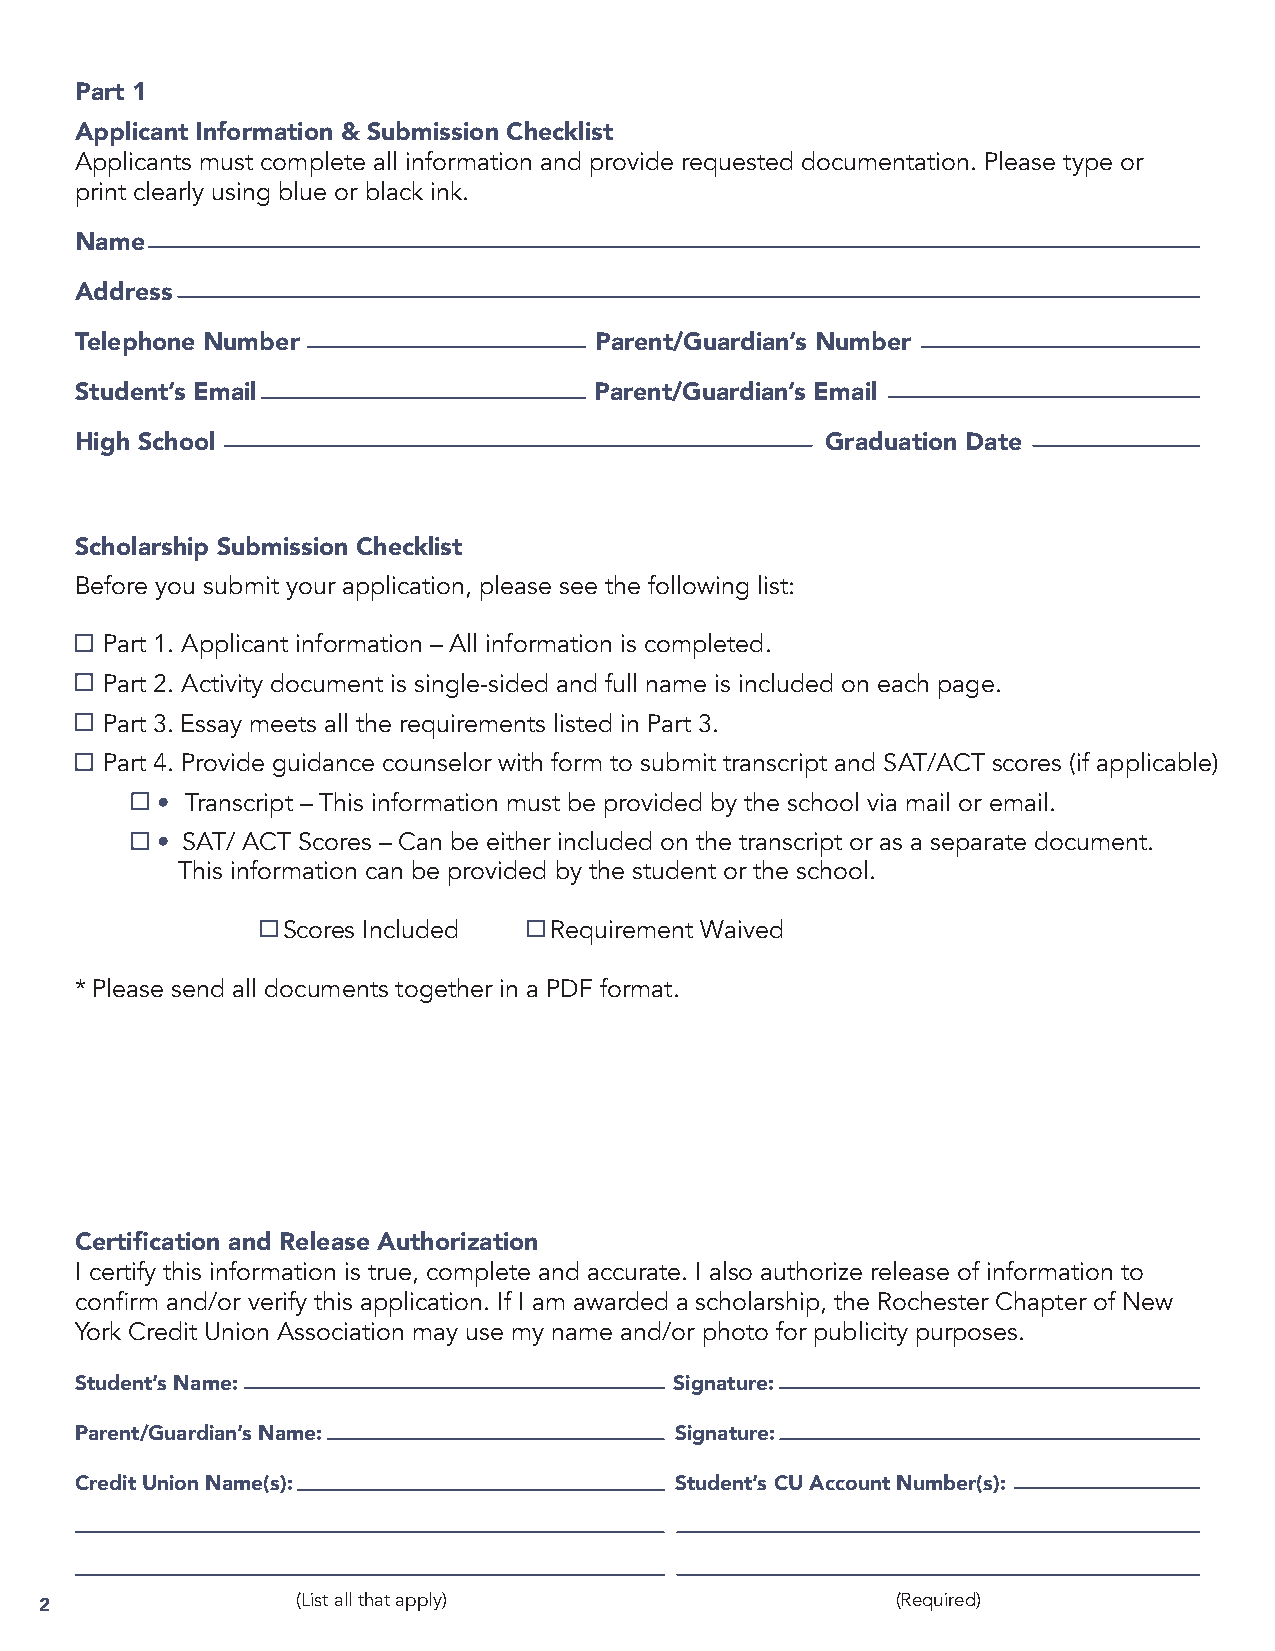
Part 1
 Applicant Information & Submission Checklist
 Applicants must complete all information and provide requested documentation. Please type or
 print clearly using blue or black ink.
 Name
 Address
 Telephone Number                  Parent/Guardian’s Number
 Student’s Email                   Parent/Guardian’s Email
 High School                                       Graduation Date
 Scholarship Submission Checklist
 Before you submit your application, please see the following list:
 Part 1. Applicant information – All information is completed.
 Part 2. Activity document is single-sided and full name is included on each page.
 Part 3. Essay meets all the requirements listed in Part 3.
 Part 4. Provide guidance counselor with form to submit transcript and SAT/ACT scores (if applicable)
 • Transcript – This information must be provided by the school via mail or email.
 • SAT/ ACT Scores – Can be either included on the transcript or as a separate document.
 This information can be provided by the student or the school.
 Scores Included  Requirement Waived
 * Please send all documents together in a PDF format.
 Certification and Release Authorization
 I certify this information is true, complete and accurate. I also authorize release of information to
 confirm and/or verify this application. If I am awarded a scholarship, the Rochester Chapter of New
 York Credit Union Association may use my name and/or photo for publicity purposes.
 Student’s Name:                         Signature:
 Parent/Guardian’s Name:                 Signature:
 Credit Union Name(s):                   Student’s CU Account Number(s):
 (List all that apply)                  (Required)
 2